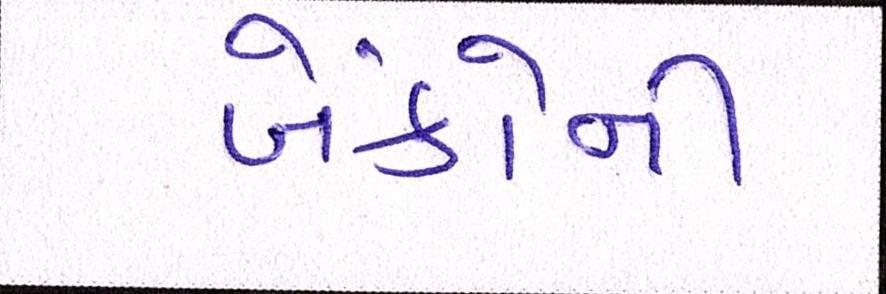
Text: બેંકોની